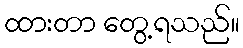
ထားတာ တွေ့ရသည်။